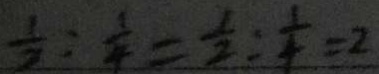
\frac { 1 } { 2 } : \frac { 1 } { 4 } = \frac { 1 } { 2 } : \frac { 1 } { 4 } = 2